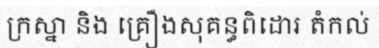
ក្រស្នា និង គ្រឿងសុគន្ធពិដោរ តំកល់